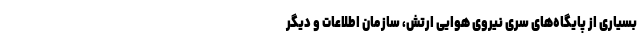
بسیاری از پایگاه‌های سری نیروی هوایی ارتش، سازمان اطلاعات و دیگر